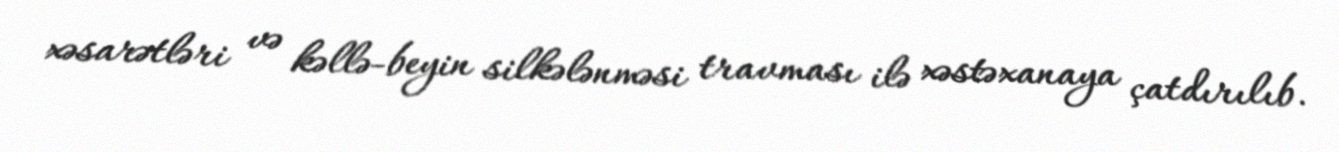
xəsarətləri və kəllə-beyin silkələnməsi travması ilə xəstəxanaya çatdırılıb.